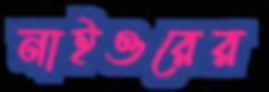
নাইওরের